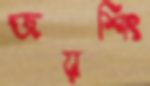
জয়শিং